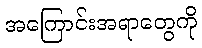
အကြောင်းအရာတွေကို